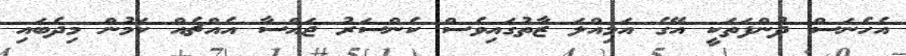
އެހެނަސް ދުންފަތަކީ އޭގެ އަމިއްލަ ޒާތުގައިވެސް ކެންސަރު ޖައްސާ އެއްޗެއް ކަމުން މިދެބައި